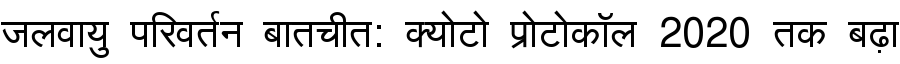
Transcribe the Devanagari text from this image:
जलवायु परिवर्तन बातचीत: क्योटो प्रोटोकॉल 2020 तक बढ़ा